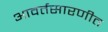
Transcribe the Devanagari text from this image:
आवर्तसारणीत